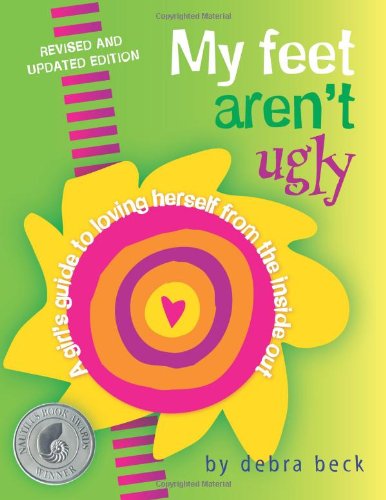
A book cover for My Feet Aren't Ugly: A Girl's Guide to Loving Herself from the Inside Out; Beck Debra; Teen & Young Adult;